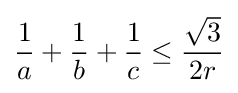
{\frac {1}{a}}+{\frac {1}{b}}+{\frac {1}{c}}\leq {\frac {\sqrt {3}}{2r}}